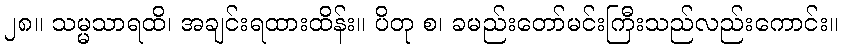
၂၈။ သမ္မသာရထိ၊ အချင်းရထားထိန်း။ ပိတု စ၊ ခမည်းတော်မင်းကြီးသည်လည်းကောင်း။